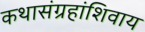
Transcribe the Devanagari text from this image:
कथासंग्रहांशिवाय